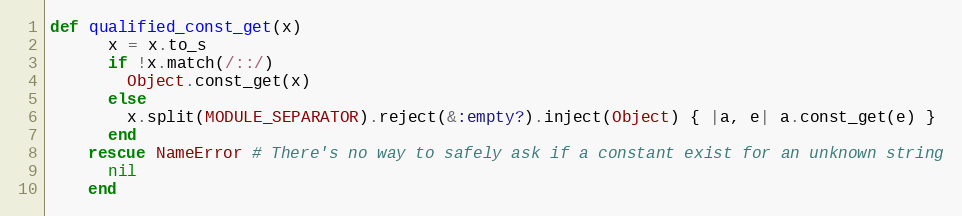
Language: Ruby
def qualified_const_get(x)
      x = x.to_s
      if !x.match(/::/)
        Object.const_get(x)
      else
        x.split(MODULE_SEPARATOR).reject(&:empty?).inject(Object) { |a, e| a.const_get(e) }
      end
    rescue NameError # There's no way to safely ask if a constant exist for an unknown string
      nil
    end